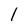
Character: 1